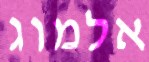
אלמוג